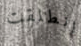
انطلقت